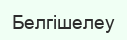
Белгішелеу